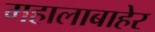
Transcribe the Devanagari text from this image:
महालाबाहेर